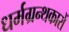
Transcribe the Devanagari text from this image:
धर्मग्रन्थकारों